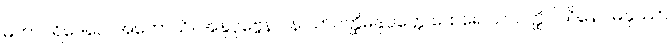
မဟာပရိဒေဝေါ အဟောသိ။ အနုပုဗ္ဗေန ပန သာဝတ္ထိမနုပ္ပတ္တေ ထေရေ သာဝတ္ထိဝါသိနော မနုဿာ